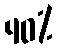
40%